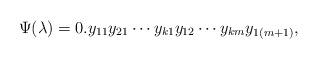
LaTeX: \begin{align*}\Psi(\lambda) = 0.y_{11} y_{21} \cdots y_{k1} y_{12} \cdots y_{km} y_{1(m+1)},\end{align*}